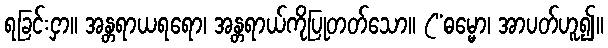
ရခြင်းငှာ။ အန္တရာယရရော၊ အန္တရာယ်ကိုပြုတတ်သော။ (“ဓမ္မော၊ အာပတ်ဟူ၍။